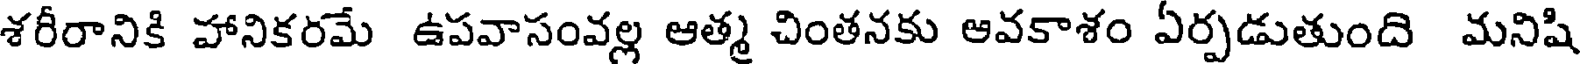
శరీరానికి హానికరమే ఉపవాసంవల్ల ఆత్మ చింతనకు ఆవకాశం ఏర్పడుతుంది మనిషి